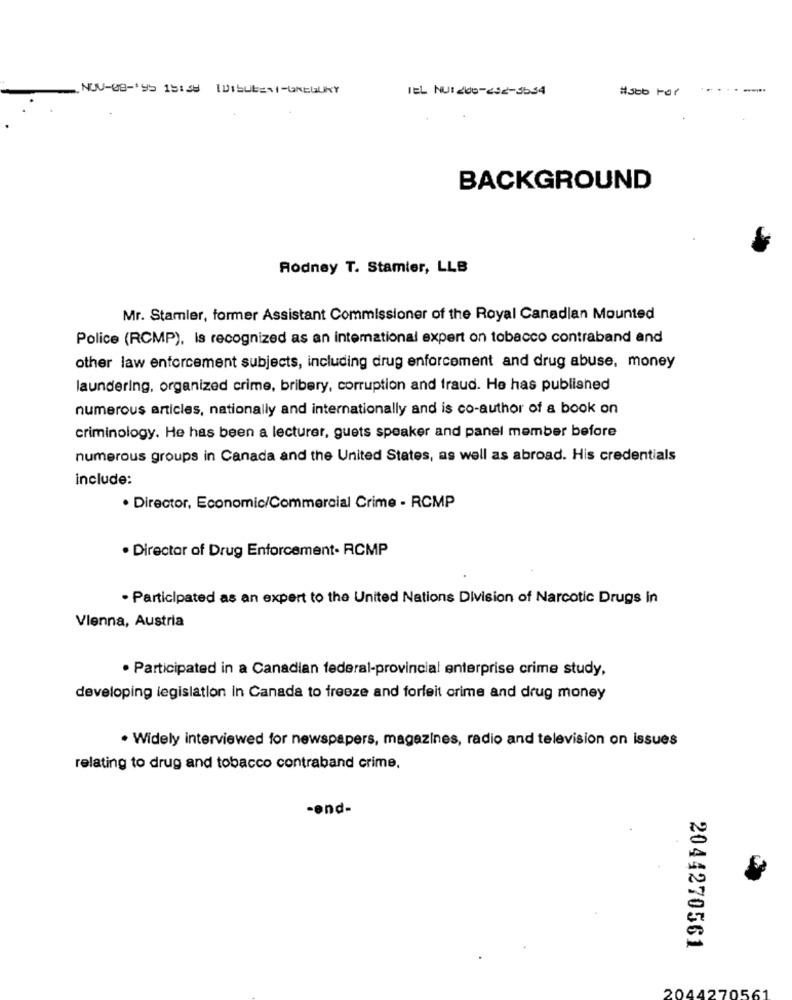
NUV-08-195 15:35 [Dibubasi-GREGUKY
TEL NUL200-252-3534
#500 for
BACKGROUND
Rodney T. Stamier, LLB
Mr. Stamler, former Assistant Commissioner of the Royal Canadian Mounted
Police (RCMP), Is recognized as an international expert on tobacco contraband and
other law enforcement subjects, including drug enforcement and drug abuse, money
laundering, organized crime, bribery, corruption and fraud. He has published
numerous articles, nationally and internationally and is co-author of a book on
criminology. He has been a lecturer, guets speaker and panel member before
numerous groups in Canada and the United States, as well as abroad. His credentials
include:
. Director, Economic/Commercial Crime - RCMP
. Director of Drug Enforcement- RCMP
· Participated as an expert to the United Nations Division of Narcotic Drugs In
Vienna, Austria
· Participated in a Canadian federal-provincial enterprise crime study,
developing legislation in Canada to freeze and forfeit crime and drug money
· Widely interviewed for newspapers, magazines, radio and television on issues
relating to drug and tobacco contraband crime.
-end-
2044270561
2044270561